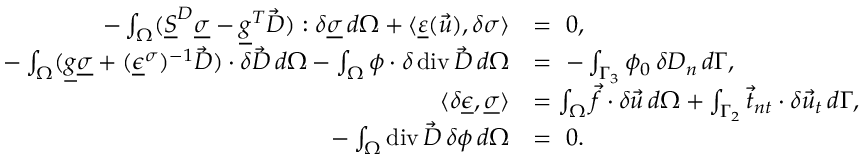
\begin{array} { r l } { - \int _ { \Omega } ( \underline { { S } } ^ { D } \underline { { \sigma } } - \underline { { g } } ^ { T } \vec { D } ) : \delta \underline { { \sigma } } \, d \Omega + \langle \underline { { \varepsilon } } ( \vec { u } ) , \delta \sigma \rangle } & { = \ 0 , } \\ { - \int _ { \Omega } ( \underline { { g } } \underline { { \sigma } } + ( \underline { { \epsilon } } ^ { \sigma } ) ^ { - 1 } \vec { D } ) \cdot \delta \vec { D } \, d \Omega - \int _ { \Omega } \phi \cdot \delta \operatorname { d i v } \vec { D } \, d \Omega } & { = \ - \int _ { \Gamma _ { 3 } } \phi _ { 0 } \, \delta D _ { n } \, d \Gamma , } \\ { \langle \delta \underline { { \epsilon } } , \underline { { \sigma } } \rangle } & { = \int _ { \Omega } \vec { f } \cdot \delta \vec { u } \, d \Omega + \int _ { \Gamma _ { 2 } } \vec { t } _ { n t } \cdot \delta \vec { u } _ { t } \, d \Gamma , } \\ { - \int _ { \Omega } \operatorname { d i v } \vec { D } \, \delta \phi \, d \Omega } & { = \ 0 . } \end{array}